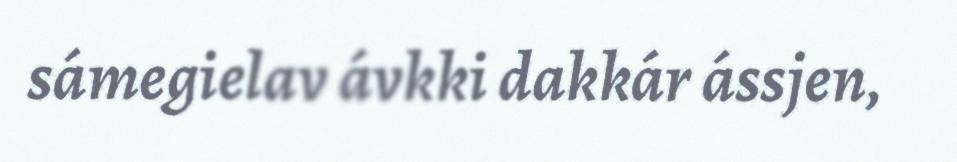
sámegielav ávkki dakkár ássjen,